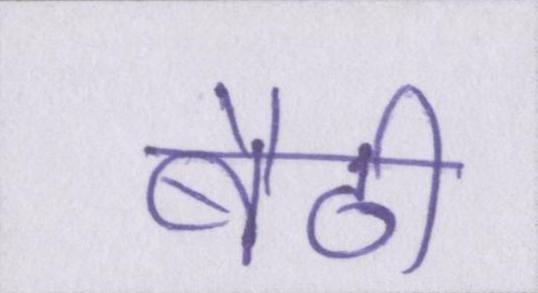
बैठी